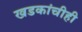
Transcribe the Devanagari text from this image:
खडकांचीही